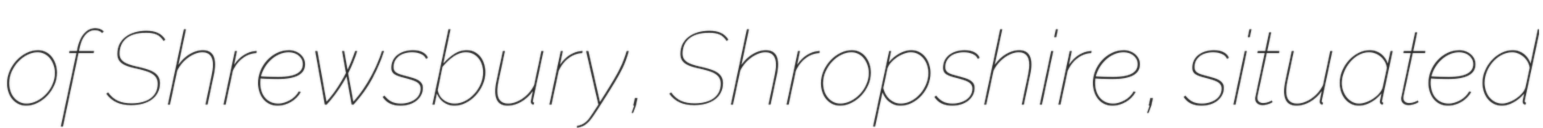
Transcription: of Shrewsbury, Shropshire, situated